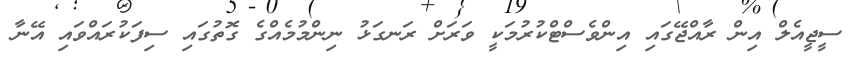
ސީޖީއެލް އިން ރާއްޖޭގައި އިންވެސްޓްކުރުމަކީ ވަރަށް ރަނގަޅު ނިންމުމެއްގެ ގޮތުގައި ސިފަކުރައްވައި އޭނާ